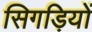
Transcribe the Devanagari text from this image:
सिगड़ियों